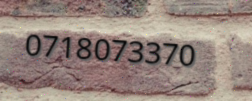
0718073370